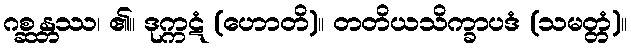
ဂစ္ဆန္တဿ၊ ၏။ ဒုက္ကဋံ (ဟောတိ)။ တတိယသိက္ခာပဒံ (သမတ္တံ)။